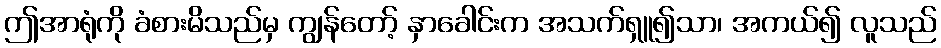
ဤအာရုံကို ခံစားမိသည်မှ ကျွန်တော့် နှာခေါင်းက အသက်ရှူ၍သာ၊ အကယ်၍ လူသည်